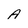
Character: A